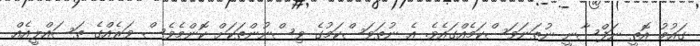
ގައުމު އޮތީ ނަފްސާނީ ނުތަނަވަސްކަމެއްގައެވެ. އެ ނުތަވަސްކަމުގެ ވިސްނުންތަކަށް ކޮންމެވެސް ވަރެއްގެ ތަސައްލީއެއް